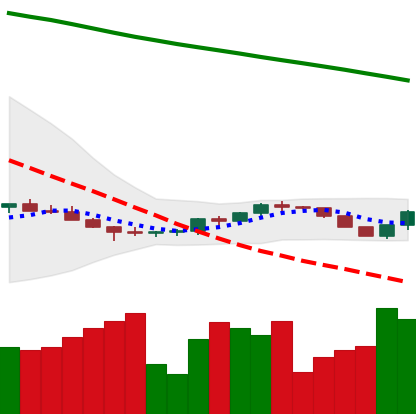
Ticker: ETH-USD
Chart end date: 2022-07-14
Forward return: 29.496%
Label: up_7plus